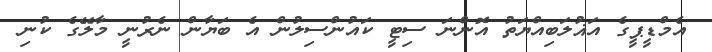
އެމްޑީޕީގެ އަޣުލަބިއްޔަތު އޮންނަ ސިޓީ ކައުންސިލުން އެ ބަޔާން ނެރުނީ މާލޭގެ ކުނި